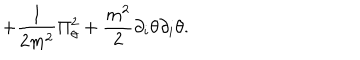
LaTeX: + { \frac { 1 } { 2 m ^ { 2 } } } \Pi _ { \theta } ^ { 2 } + { \frac { m ^ { 2 } } { 2 } } \partial _ { i } \theta \partial _ { i } \theta .